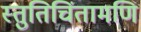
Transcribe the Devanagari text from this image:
स्तुतिचिंतामणि